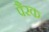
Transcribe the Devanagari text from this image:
पैरक